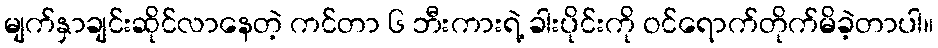
မျက်နှာချင်းဆိုင်လာနေတဲ့ ကင်တာ ၆ ဘီးကားရဲ့ ခါးပိုင်းကို ဝင်ရောက်တိုက်မိခဲ့တာပါ။